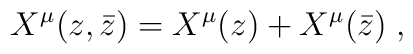
X^{\mu}(z,\bar{z})=X^{\mu}(z)+X^{\mu}(\bar{z})\;,